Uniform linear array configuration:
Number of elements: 24
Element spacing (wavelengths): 0.25
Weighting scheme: exponential
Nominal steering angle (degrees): -15
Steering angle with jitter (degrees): -14.77
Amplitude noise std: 0.05
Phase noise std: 0.05

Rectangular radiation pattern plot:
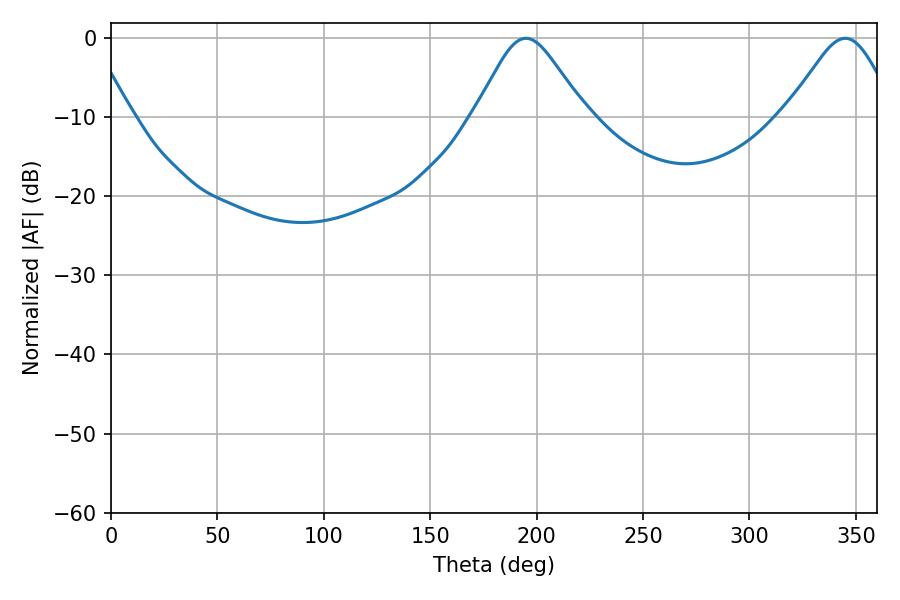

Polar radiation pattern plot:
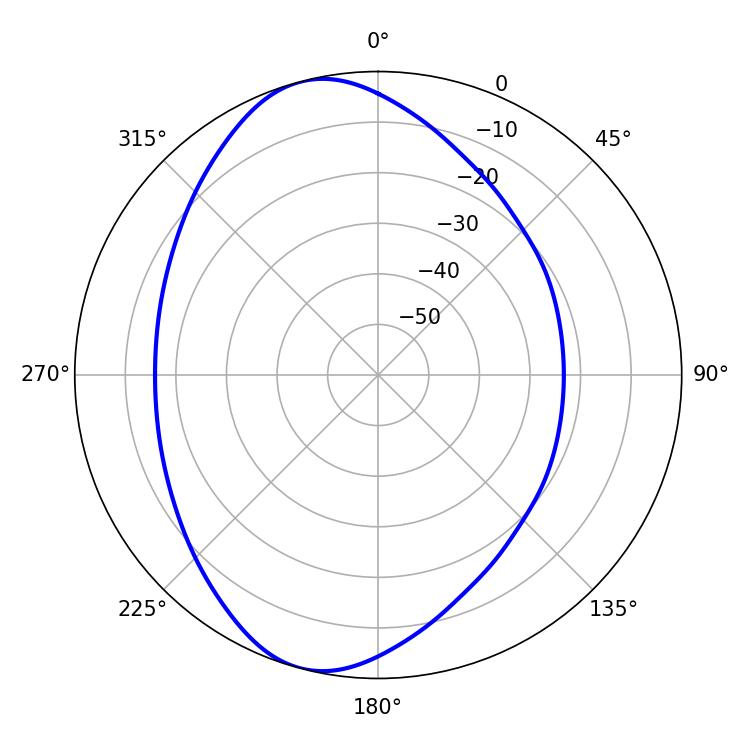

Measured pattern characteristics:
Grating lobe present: FALSE
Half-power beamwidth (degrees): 25.02
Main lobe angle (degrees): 194.94